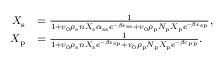
\begin{array} { r l } { X _ { \mathrm { s } } } & { = \frac { 1 } { 1 + v _ { 0 } \rho _ { \mathrm { s } } n X _ { \mathrm { s } } \alpha _ { \mathrm { s s } } e ^ { - \beta \epsilon _ { \mathrm { s s } } } + v _ { 0 } \rho _ { \mathrm { p } } N _ { \mathrm { p } } X _ { \mathrm { p } } e ^ { - \beta \epsilon _ { \mathrm { s p } } } } , } \\ { X _ { \mathrm { p } } } & { = \frac { 1 } { 1 + v _ { 0 } \rho _ { \mathrm { s } } n X _ { \mathrm { s } } e ^ { - \beta \epsilon _ { \mathrm { s p } } } + v _ { 0 } \rho _ { \mathrm { p } } N _ { \mathrm { p } } X _ { \mathrm { p } } e ^ { - \beta \varepsilon _ { \mathrm { p p } } } } . } \end{array}